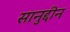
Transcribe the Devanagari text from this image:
सानुद्दीन